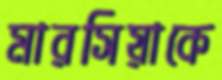
মারসিয়াকে